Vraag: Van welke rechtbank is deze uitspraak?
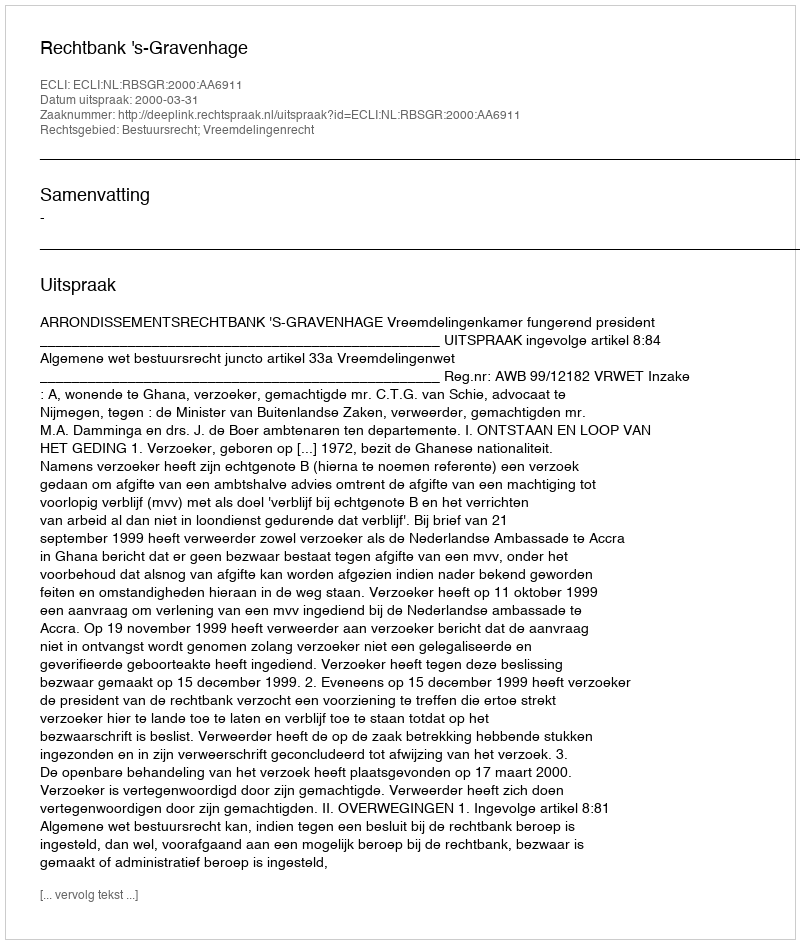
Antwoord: Rechtbank 's-Gravenhage